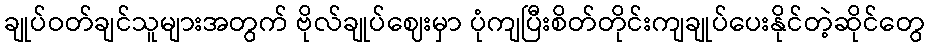
ချုပ်ဝတ်ချင်သူများအတွက် ဗိုလ်ချုပ်ဈေးမှာ ပုံကျပြီးစိတ်တိုင်းကျချုပ်ပေးနိုင်တဲ့ဆိုင်တွေ